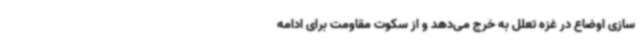
سازی اوضاع در غزه تعلل به خرج می‌دهد و از سکوت مقاومت برای ادامه